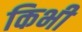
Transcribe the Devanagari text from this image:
किभी